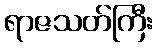
ရာဇသတ်ကြီး